Leaving Certificate Examination (including Day School Certificate (Higher) General paper), 1927
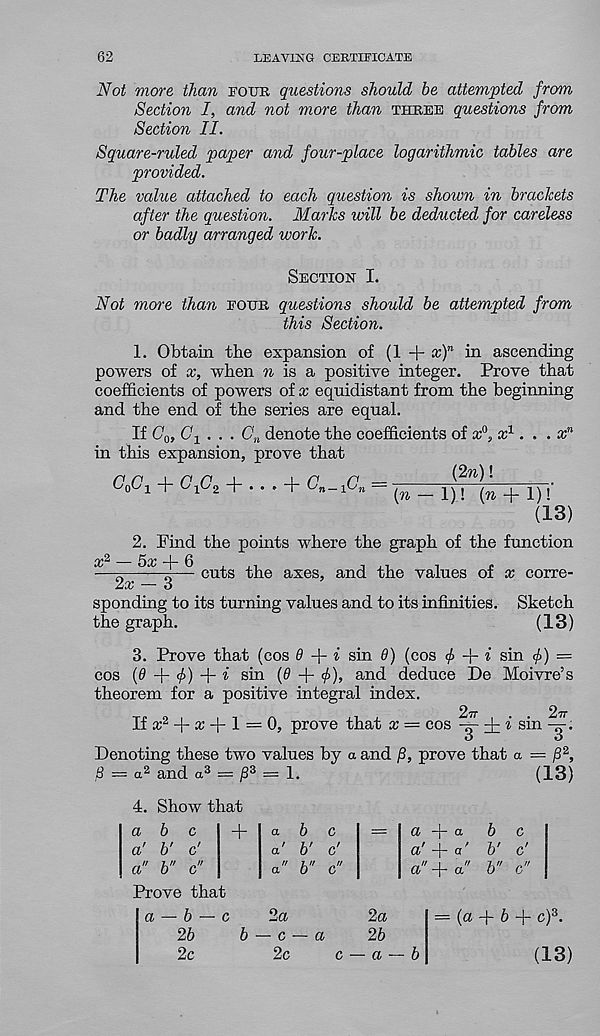
62
LEAVING CERTIFICATE
Not more than four questions should be attempted from
Section I, and not more than three questions from
Section II.
Square-ruled paper and four-place logarithmic tables are
provided.
The value attached to each question is shown in brackets
after the question. Marks will be deducted for careless
or badly arranged work.
Section I.
Not more than four questions should be attempted from
this Section.
1. Obtain the expansion of (1 -}- x) n in ascending
powers of x, when n is a positive integer. Prove that
coefficients of powers of x equidistant from the beginning
and the end of the series are equal.
If C 0 , C\ . . . G n denote the coefficients of x {) , x 1 ... x n
in this expansion, prove that
CqCi + G t G 2 + • • » + C n -iCn —
(2n)!
(n — 1)! (w + 1)!
(13)
x
2. Find the points where the graph of the function
■ 2
5(1/ 1 1 0
cuts the axes, and the values of x corre-
2x — 3
spending to its turning values and to its infinities. Sketch
the graph.
(13)
3. Prove that (cos 8
i sin 8) (cos <£ + i sin <f>) —
cos (0 + <£) + * sin (0 + 0), and deduce De Moivre’s
theorem for a positive integral index.
If a: 2 + cc + 1 = 0, prove that x — cos ^ + i sin
Denoting these two values by a and /3, prove that a — /3 2 ,
a 2 and a 3 = j8 3 = 1.
4. Show that
(13)
a b c
a' b' c'
a" b" c"
Prove that
a — b — c
2b
2c
+
a
/
a
//
a
2a
b
b'
b"
a + a
b c
a' + a' b' c'
a"+a" b" c"
b — c — a
2c
2a
2b
c — a — b
(a + 6 + c) 3 .
(13)